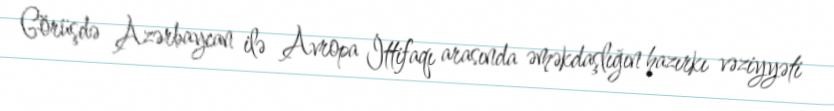
Görüşdə Azərbaycan ilə Avropa İttifaqı arasında əməkdaşlığın hazırkı vəziyyəti